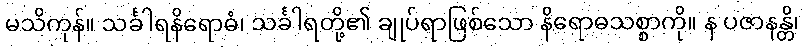
မသိကုန်။ သင်္ခါရနိရောဓံ၊ သင်္ခါရတို့၏ ချုပ်ရာဖြစ်သော နိရောဓသစ္စာကို။ န ပဇာနန္တိ၊